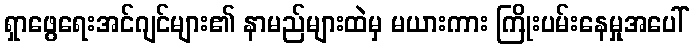
ရှာဖွေရေးအင်ဂျင်များ၏ နာမည်များထဲမှ မယားကား ကြိုးပမ်းနေမှုအပေါ်